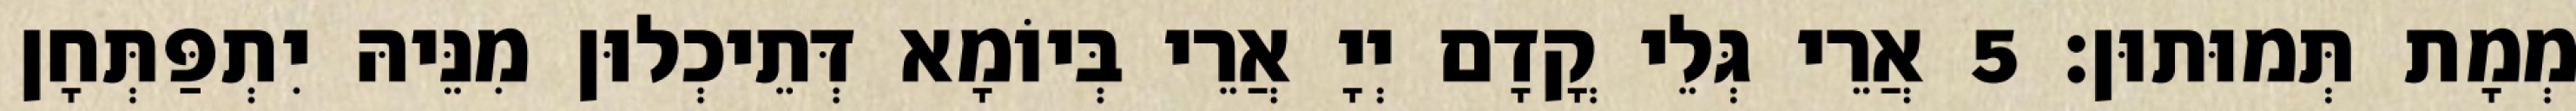
מְמָת תְּמוּתוּן׃ 5 אֲרֵי גְּלֵי קֳדָם יְיָ אֲרֵי בְּיוֹמָא דְּתֵיכְלוּן מִנֵּיהּ יִתְפַּתְּחָן